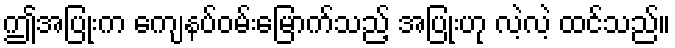
ဤအပြုံးက ကျေနပ်ဝမ်းမြောက်သည့် အပြုံးဟု လဲ့လဲ့ ထင်သည်။